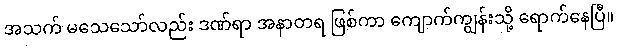
အသက် မသေသော်လည်း ဒဏ်ရာ အနာတရ ဖြစ်ကာ ကျောက်ကျွန်းသို့ ရောက်နေပြီ။